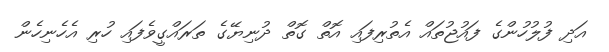
އަދި ފުލުހުންގެ ފައުޖުތައް އެތުރިފައި އޮތް ގޮތް ދުނިޔޭގެ ތަރައްގީވެފައި ހުރި އެހެނިހެން